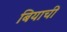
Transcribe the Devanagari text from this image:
बियाची